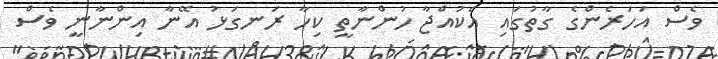
ވެސް އަހަރެންގެ ގާތުގައި އެކުއްޖާ ހުންނާތީ ކިހާ ރަނގަޅު އޭނާ އިންނާނީ ވެސް